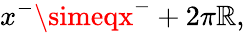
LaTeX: x^{-}\simeqx^{-}+2\pi\mathbb{R},